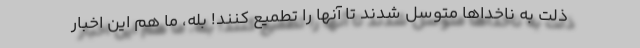
ذلت به ناخداها متوسل شدند تا آنها را تطمیع کنند! بله، ما هم این اخبار